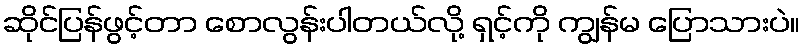
ဆိုင်ပြန်ဖွင့်တာ စောလွန်းပါတယ်လို့ ရှင့်ကို ကျွန်မ ပြောသားပဲ။